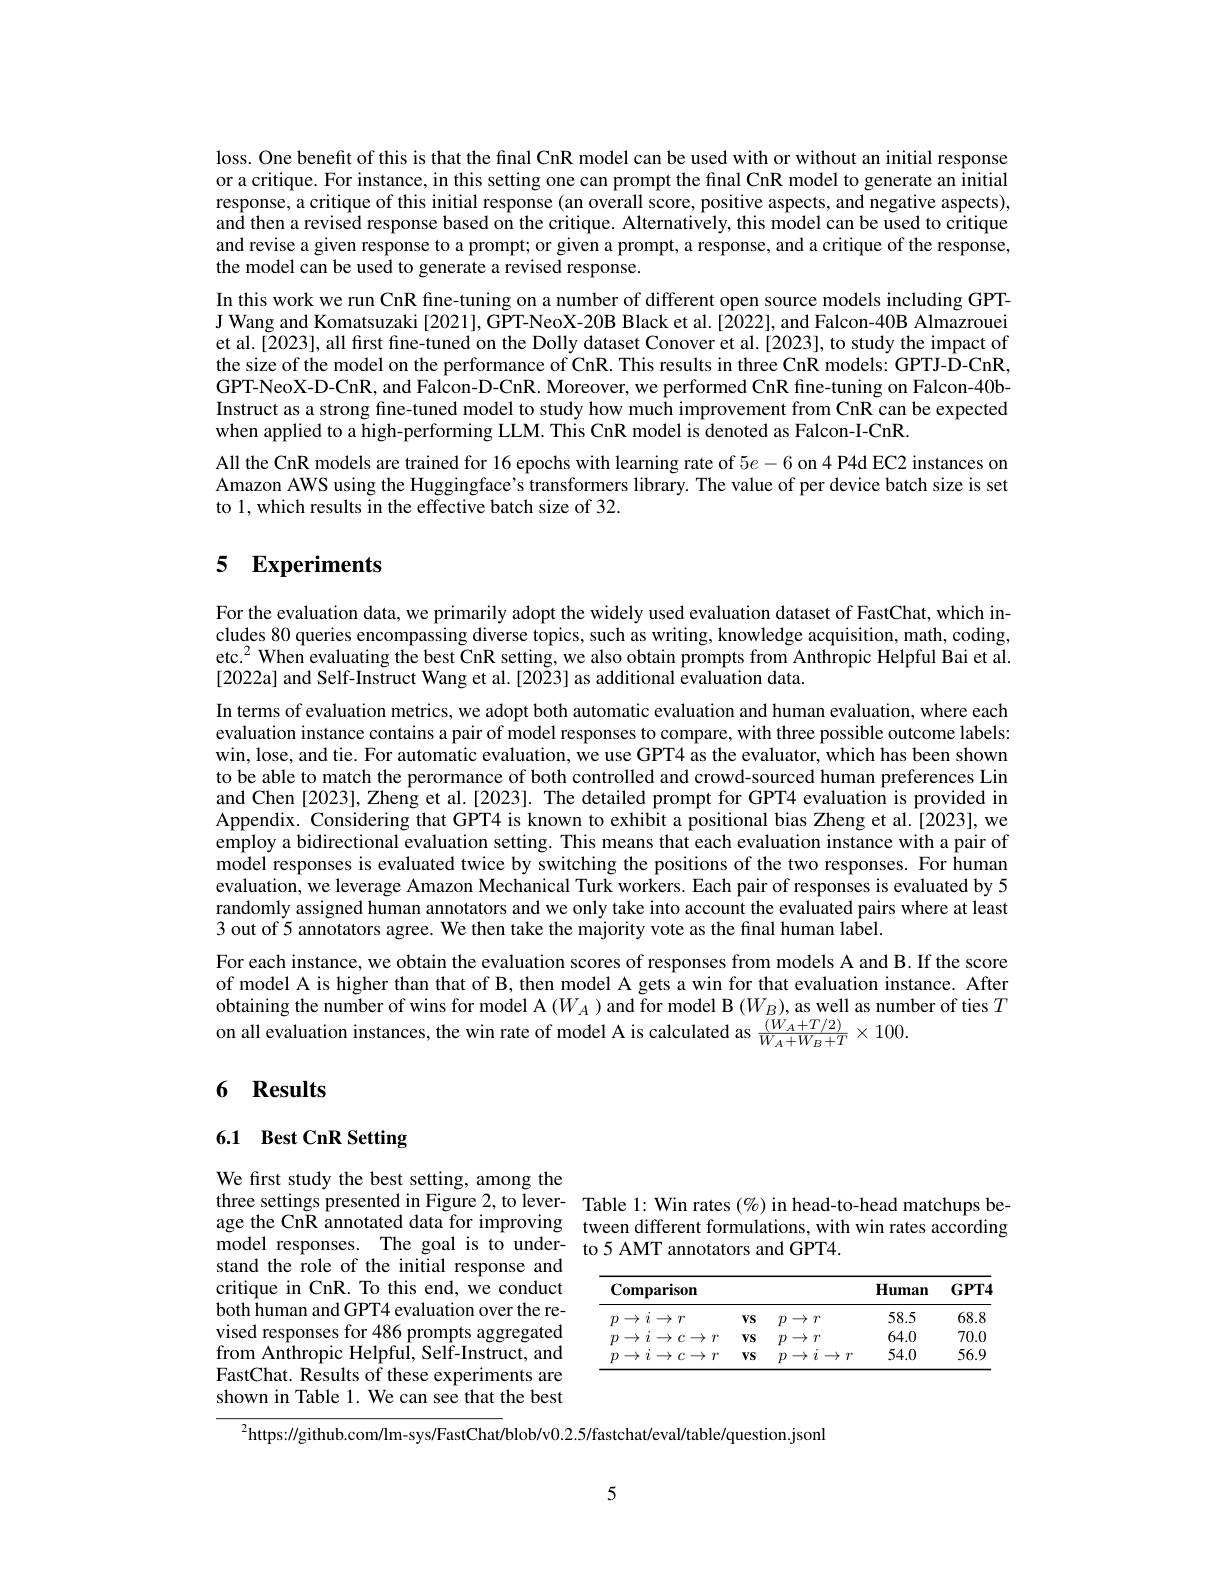
loss. One benefit of this is that the final CnR model can be used with or without an initial response or a critique. For instance, in this setting one can prompt the final CnR model to generate an initial response, a critique of this initial response (an overall score, positive aspects, and negative aspects), and then a revised response based on the critique. Alternatively, this model can be used to critique and revise a given response to a prompt; or given a prompt, a response, and a critique of the response, the model can be used to generate a revised response.
In this work we run CnR fine-tuning on a number of different open source models including GPTJ Wang and Komatsuzaki [2021], GPT-NeoX-20B Black et al. [2022], and Falcon-40B Almazrouei et al.[2023], all first fine-tuned on the Dolly dataset Conover et al.[2023], to study the impact of the size of the model on the performance of CnR. This results in three CnR models: GPTJ-D-CnR, GPT-NeoX-D-CnR, and Falcon-D-CnR. Moreover, we performed CnR fine-tuning on Falcon-40bInstruct as a strong fine-tuned model to study how much improvement from CnR can be expected when applied to a high-performing LLM. This CnR model is denoted as Falcon-I-CnR.
All the CnR models are trained for 16 epochs with learning rate of $5e-6$ on 4 P4d EC2 instances on Amazon AWS using the Huggingface's transformers library. The value of per device batch size is set to 1, which results in the effective batch size of 32.

## 5 Experiments

For the evaluation data, we primarily adopt the widely used evaluation dataset of FastChat, which includes 80 queries encompassing diverse topics, such as writing, knowledge acquisition, math, coding, etc.$^2\hat{\text{When evaluating the best CnR setting, we also obtain prompts from Anthropic Helpful Bai et al.}^2\hat{\text{When evaluating the best CnR setting, we also obtain prompts from Anthropic Helpful Bai et.}}}$ [2022a] and Self-Instruct Wang et al.[2023] as additional evaluation data.

In terms of evaluation metrics, we adopt both automatic evaluation and human evaluation, where each evaluation instance contains a pair of model responses to compare, with three possible outcome labels: win, lose, and tie. For automatic evaluation, we use GPT4 as the evaluator, which has been shown to be able to match the perormance of both controlled and crowd-sourced human preferences Lin and Chen [2023], Zheng et al.[2023]. The detailed prompt for GPT4 evaluation is provided in Appendix. Considering that GPT4 is known to exhibit a positional bias Zheng et al.[2023], we employ a bidirectional evaluation setting. This means that each evaluation instance with a pair of model responses is evaluated twice by switching the positions of the two responses. For human evaluation, we leverage Amazon Mechanical Turk workers. Each pair of responses is evaluated by 5 randomly assigned human annotators and we only take into account the evaluated pairs where at least 3 out of 5 annotators agree. We then take the majority vote as the final human label.
For each instance, we obtain the evaluation scores of responses from models A and B. If the score of model A is higher than that of B, then model A gets a win for that evaluation instance. After obtaining the number of wins for model A $(W_A)$ and for model B $(W_B)$,as well as number of ties $T$ on all evaluation instances, the win rate of model A is calculated as $\frac{(W_{A}+T/2)}{W_{A}+W_{B}+T}\times100.$

## 6 Results

## 6.1 Best CnR Setting

three settings presented in Figure 2,to lever- Table 1: Win rates (%) in head-to-head matchups beage the CnR annotated data for improving tween different formulations, with win rates according model responses. The goal is to under- to 5 AMT annotators and GPT4.

We first study the best setting, among the stand the role of the initial response and critique in CnR. To this end, we conduct both human and GPT4 evaluation over the revised responses for 486 prompts aggregated from Anthropic Helpful, Self-Instruct, and FastChat. Results of these experiments are shown in Table 1. We can see that the best

<table>
	<tbody>
		<tr>
			<th>$\mathbf{Comparison}$</th>
			<th> </th>
			<th> </th>
			<th>$\mathbf{Human}$</th>
			<th>$GPT4$</th>
		</tr>
		<tr>
			<td>$p\to i\to r$</td>
			<td>$VS$</td>
			<td>$p\rightarrow T$</td>
			<td>58.5</td>
			<td>68.8</td>
		</tr>
		<tr>
			<td>$\to i\to c\to r$ 10</td>
			<td>$VS$</td>
			<td>$p$ $\rightarrow$ $T^{*}$</td>
			<td>64.0</td>
			<td>70.0</td>
		</tr>
		<tr>
			<td>$\rightarrow i$ $i\rightarrow c\rightarrow r$ $p$</td>
			<td>$VS$</td>
			<td>$\rightarrow i$ $\rightarrow$ $p$ $T$</td>
			<td>54.0</td>
			<td>56.9</td>
		</tr>
	</tbody>
</table>

$^{2}$https://github.com/lm-sys/FastChat/blob/v0.2.5/fastchat/eval/table/question.jsonl

5